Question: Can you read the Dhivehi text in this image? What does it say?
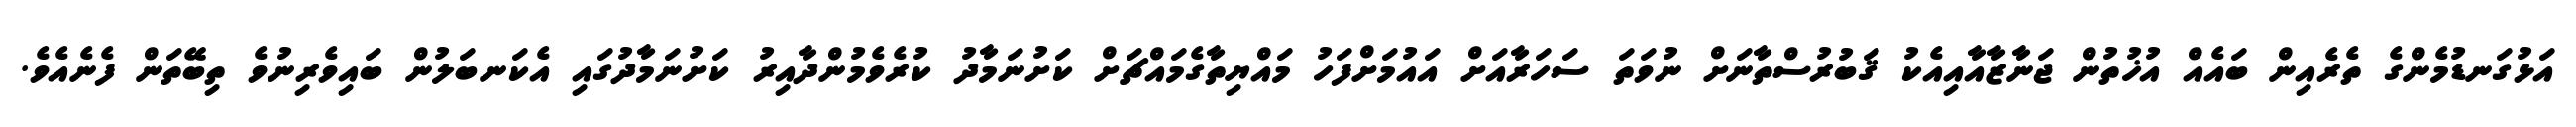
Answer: އަޅުގަނޑުމެންގެ ތެރެއިން ބައެއް އުޚުތުން ޖަނާޒާއާއިއެކު ޤަބުރުސްތާނަށް ނުވަތަ ސަހަރާއަށް އައުމަށްފަހު މައްޔިތާގެމައްޗަށް ކަށުނަމާދު ކުރެވެމުންދާއިރު ކަށުނަމާދުގައި އެކަނބަލުން ބައިވެރިނުވެ ތިބޭތަން ފެނެއެވެ.